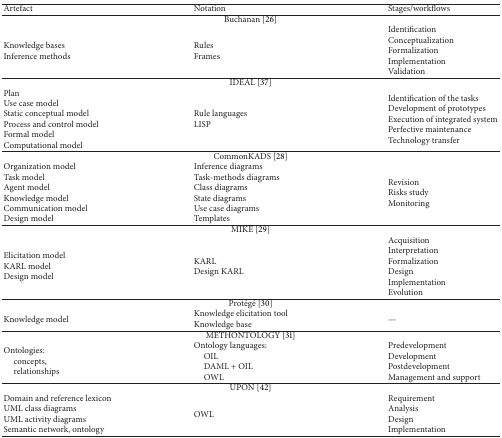
<table><thead><tr><td><b>Artefact </b></td><td><b> Notation </b></td><td><b>Stages/workflows</b></td></tr></thead><tbody><tr><td colspan="3"> Buchanan [26] </td></tr><tr><td> Knowledge basesInference methods</td><td> RulesFrames</td><td>IdentificationConceptualizationFormalizationImplementationValidation</td></tr><tr><td colspan="3">IDEAL [37]</td></tr><tr><td> PlanUse case modelStatic conceptual modelProcess and control modelFormal modelComputational model </td><td> Rule languages LISP </td><td> Identification of the tasksDevelopment of prototypesExecution of integrated systemPerfective maintenanceTechnology transfer </td></tr><tr><td colspan="3">CommonKADS [28]</td></tr><tr><td>Organization model Task model Agent model Knowledge model Communication model Design model</td><td>Inference diagrams Task-methods diagrams Class diagrams State diagrams Use case diagramsTemplates</td><td>Revision Risks study Monitoring </td></tr><tr><td colspan="3"> MIKE [29]</td></tr><tr><td>Elicitation model KARL model Design model</td><td> KARLDesign KARL </td><td> AcquisitionInterpretationFormalizationDesignImplementationEvolution</td></tr><tr><td colspan="3"> Protégé [30]</td></tr><tr><td>Knowledge model </td><td> Knowledge elicitation toolKnowledge base</td><td>—</td></tr><tr><td colspan="3">METHONTOLOGY [31]</td></tr><tr><td> Ontologies:concepts,relationships</td><td>Ontology languages: OILDAML + OIL OWL</td><td>Predevelopment Development Postdevelopment Management and support </td></tr><tr><td colspan="3">UPON [42]</td></tr><tr><td> Domain and reference lexicon UML class diagrams UML activity diagrams Semantic network, ontology</td><td> OWL</td><td>Requirement Analysis Design Implementation </td></tr></tbody></table>